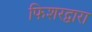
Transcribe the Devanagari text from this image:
फिशरद्वारा